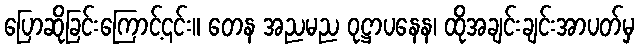
ပြောဆိုခြင်းကြောင့်၎င်း။ တေန အညမည ဝုဋ္ဌာပနေန၊ ထိုအချင်းချင်းအာပတ်မှ